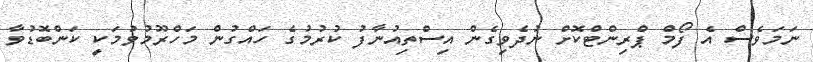
ނަމަވެސް އެ ފޯމް ޕްރިންޓްކޮށް ނުދެވިގެން އިސްތިއުނާފު ކުރުމުގެ ހައްގުން މަހްރޫމުވުމަކީ ކަންބޮޑުވާ